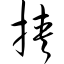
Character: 挟